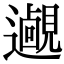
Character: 𨘵